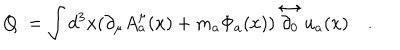
Q : = \int d ^ { 3 } x ( \partial _ { \mu } A _ { a } ^ { \mu } ( x ) + m _ { a } \Phi _ { a } ( x ) ) \stackrel { \leftrightarrow } { \partial _ { 0 } } u _ { a } ( x ) \quad .